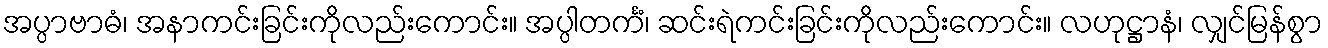
အပ္ပာဗာဓံ၊ အနာကင်းခြင်းကိုလည်းကောင်း။ အပ္ပါတင်္ကံ၊ ဆင်းရဲကင်းခြင်းကိုလည်းကောင်း။ လဟုဋ္ဌာနံ၊ လျှင်မြန်စွာ